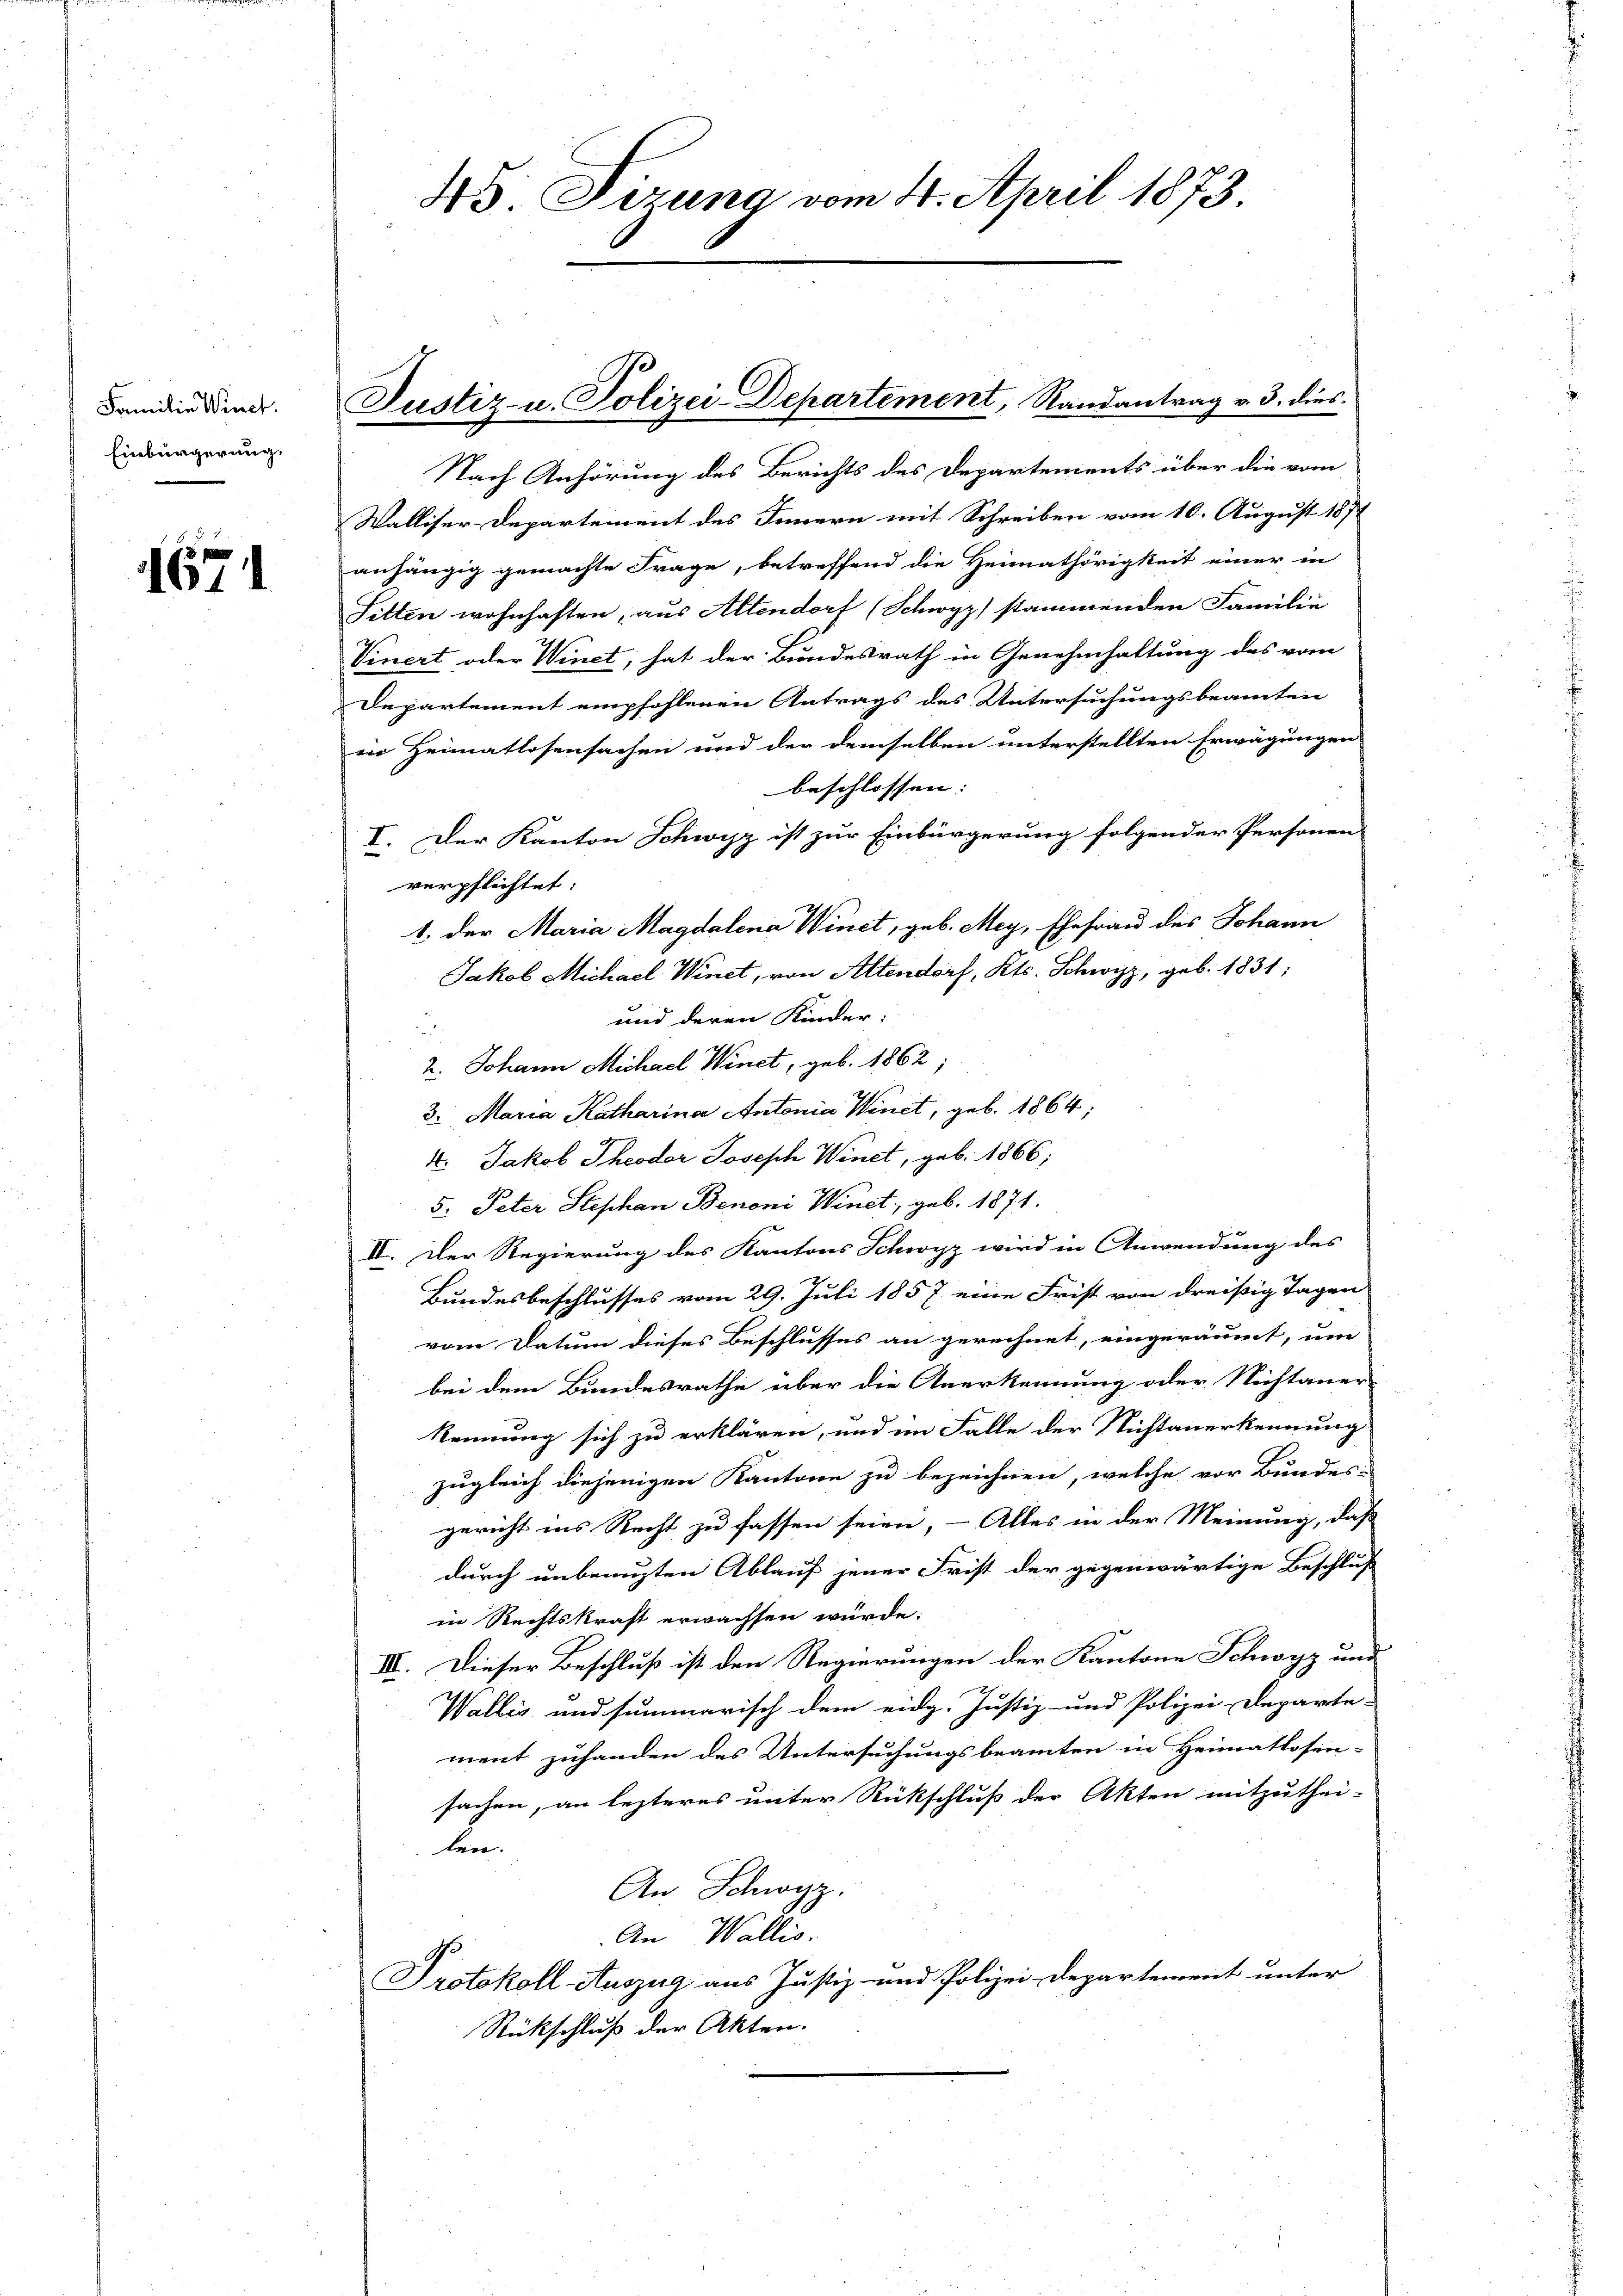
Familie Winct.
Einbürgerung.

1671

45 Sizung vom 4. April 1873.

Justiz- u. Polizei-Departement, Randantrag v. 3. dies

Nach Anhörung des Berichts des Departements über die vom
Walliser-Departement des Innern mit Schreiben vom 10. August 1871
anhängig gemachte Frage, betreffend die Heimathörigkeit einer in
Sitten wohnhaften, aus Altendort (Schwyz) stammenden Familie
Vinert oder Winct; hat der Bundesrath in Genehmhaltung des vom
Departement empfohlenen Antrags des Untersuchungsbeamten
en Heimatlosensachen und der demselben unterstellten Erwägungen
beschlossen: |
I. Der Kanton Schwyz ist zur Einbürgerung folgender Personen
verpflichtet:
1. der Maria Magdalena Winet, geb. Mey, Ehefrau des Johann
Jakob Michael Winet, von Altendorf, Kts. Schwyz, geb. 1831;
und deren Kinder:
2. Johann Michael Winet, geb. 1862;
3. Maria Katharina Antonia Winet, geb. 1864;
4. Jakob Theodor Joseph Winet, geb. 1866;
5. Peter Stephan Benoni Winet, geb. 1871.
II. Der Regierung des Kantons Schwyz wird in Anwendung des
Bundesbeschlusses vom 29. Juli 1857 eine Frist von dreißig Tagen
vom Datum dieses Beschlusses an gerechnet, eingeräumt, um
bei dem Bundesrathe über die Anerkennung oder Nichtaner-
.
kennung sich zu erklären, und im Falle der Nichtanerkennung
zugleich diejenigen Kantone zu bezeichnen, welche vor Bundes-
gericht ins Recht zu fassen seien, – Alles in der Meinung, das
durch unbenuzten Ablauf jener Frist der gegenwärtige Beschluß
in Rechtskraft erwachsen würde.
III. Dieser Beschluß ist den Regierungen der Kantone Schwyz und
Wallis und summarisch dem eidg. Justiz- und Polizei-Departe-
ment zuhanden des Untersuchungsbeamten in Heimatlosen-
sachen, an lezteres unter Rückschluß der Akten mitzuthei-
len.
An Schwyz.
An Wallis.
Protokoll Auszug aus Justiz- und Polizei Departement unter
Rückschluß der Akten.